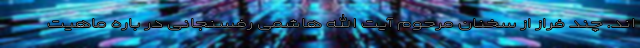
اند. چند فراز از سخنان مرحوم آیت الله هاشمی رفسنجانی در باره ماهیت